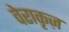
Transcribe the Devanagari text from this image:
वेराकृज़